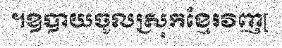
។ឧបាយចូលស្រុកខ្មែរវិញ[